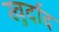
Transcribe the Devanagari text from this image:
खुर्दाद